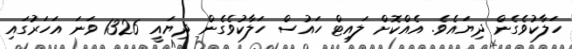
ހަލާކުވެގެން ދިޔައެވެ. އެއްކޮށް ލައިޓް ހައުސް ހަލާކުވެގެން ދިޔައީ 1326 ވަަނަ އަހަރުގައި